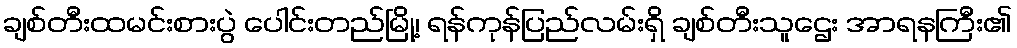
ချစ်တီးထမင်းစားပွဲ ပေါင်းတည်မြို့၊ ရန်ကုန်ပြည်လမ်းရှိ ချစ်တီးသူဌေး အာရနကြီး၏